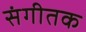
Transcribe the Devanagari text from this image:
संगीतक